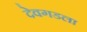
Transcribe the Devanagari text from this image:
देवगडला